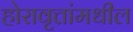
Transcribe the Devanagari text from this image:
होरावृत्तांमधील